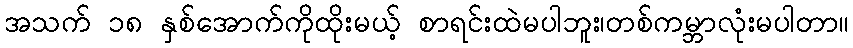
အသက် ၁၈ နှစ်အောက်ကိုထိုးမယ့် စာရင်းထဲမပါဘူး၊တစ်ကမ္ဘာလုံးမပါတာ။